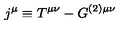
j ^ { \mu } \equiv T ^ { \mu \nu } - G ^ { ( 2 ) \mu \nu }